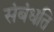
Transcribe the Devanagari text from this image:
संबंधति